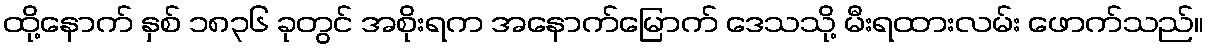
ထို့နောက် နှစ် ၁၈၃၆ ခုတွင် အစိုးရက အနောက်မြောက် ဒေသသို့ မီးရထားလမ်း ဖောက်သည်။